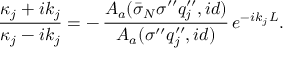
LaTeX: \frac { \kappa _ { j } + i k _ { j } } { \kappa _ { j } - i k _ { j } } = - \, \frac { A _ { a } ( \bar { \sigma } _ { N } \sigma ^ { \prime \prime } q _ { j } ^ { \prime \prime } , i d ) } { A _ { a } ( \sigma ^ { \prime \prime } q _ { j } ^ { \prime \prime } , i d ) } \, e ^ { - i k _ { j } L } .